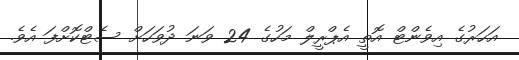
އަހަރުގެ އިވެންޓް އޮތީ އެޕްރީލް މަހުގެ 24 ވަނަ ދުވަހަށް ސެޓްކޮށްފަ އެވެ.